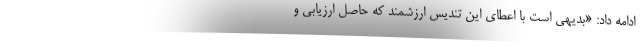
ادامه داد: «بدیهی است با اعطای این تندیس ارزشمند که حاصل ارزیابی و